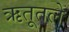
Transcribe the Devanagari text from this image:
ऋतूतले